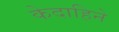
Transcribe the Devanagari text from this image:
केदाहिने